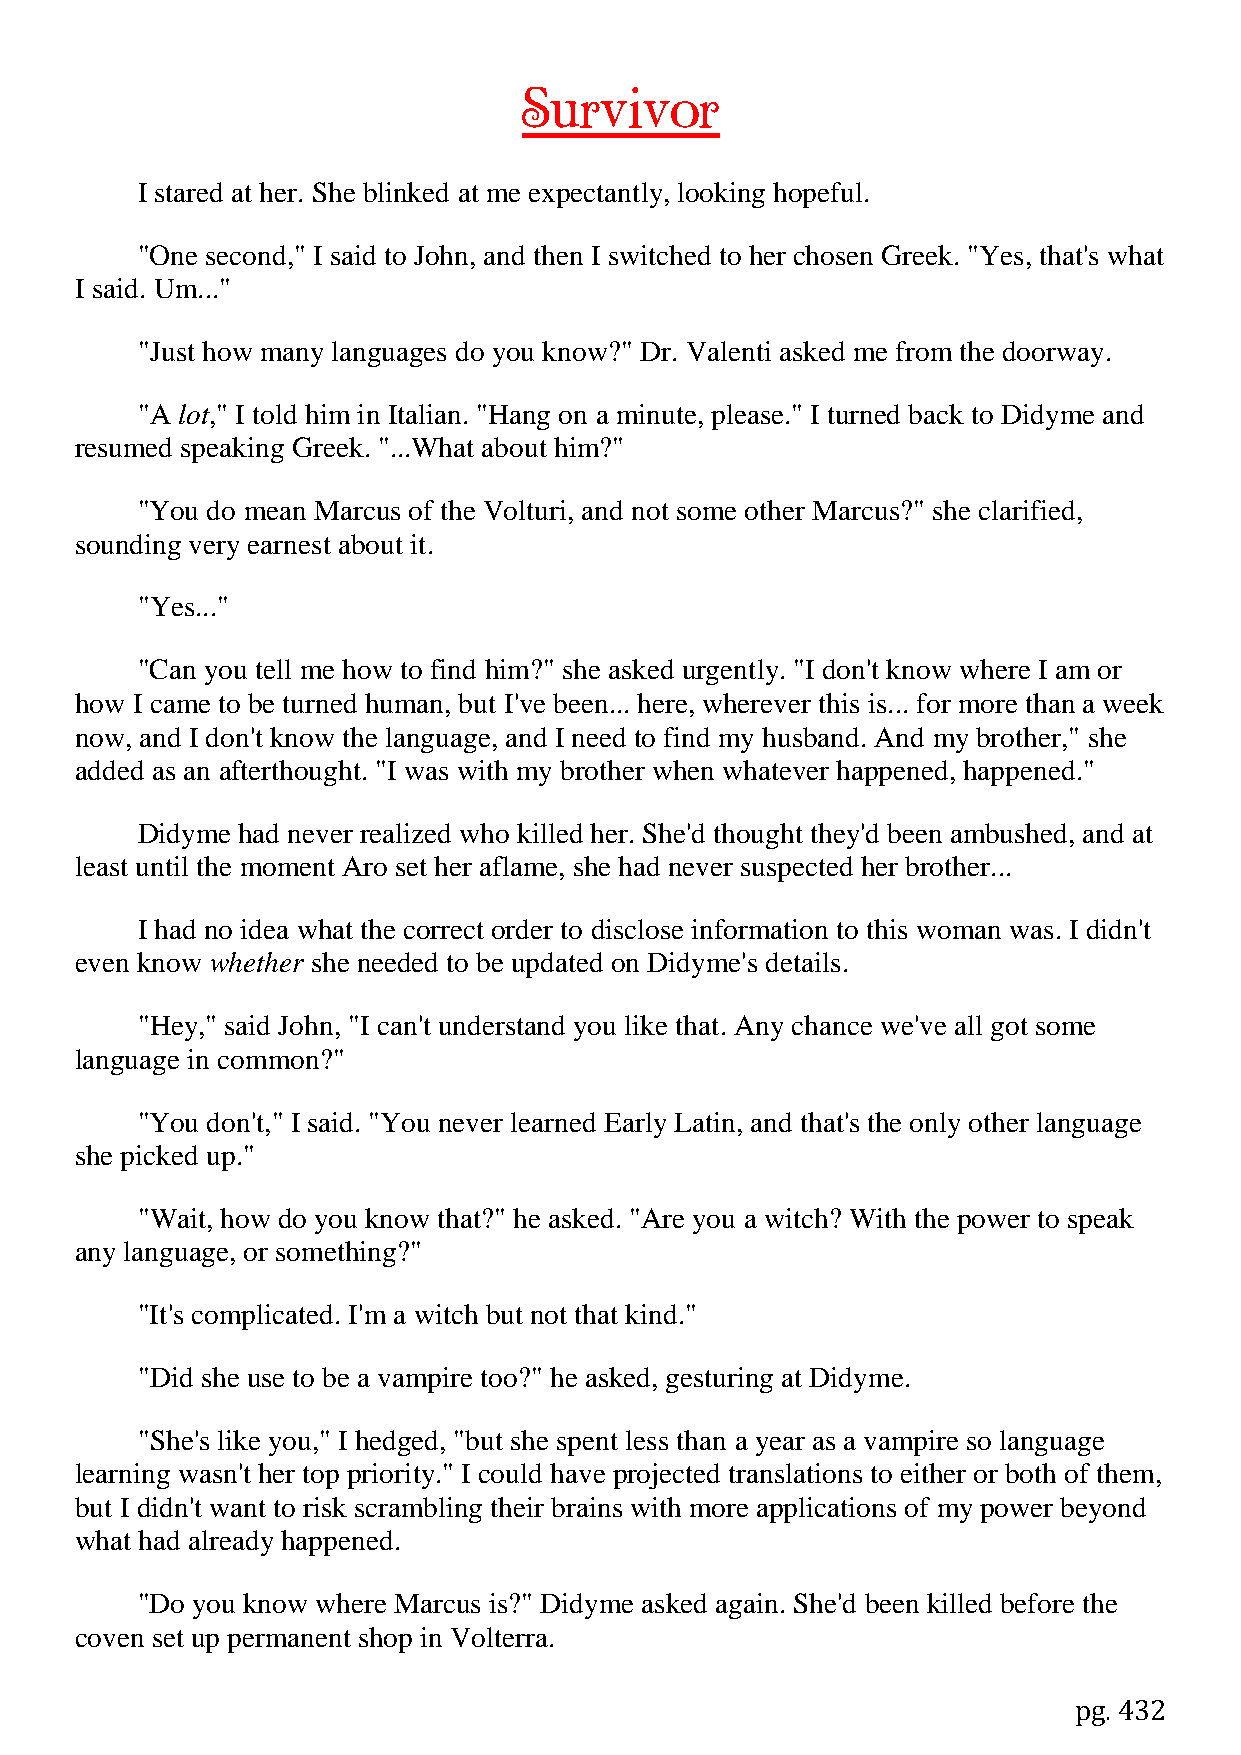
Survivor
 I stared at her. She blinked at me expectantly, looking hopeful.
 "One second," I said to John, and then I switched to her chosen Greek. "Yes, that's what
 I said. Um..."
 "Just how many languages do you know?" Dr. Valenti asked me from the doorway.
 "A lot," I told him in Italian. "Hang on a minute, please." I turned back to Didyme and
 resumed speaking Greek. "...What about him?"
 "You do mean Marcus of the Volturi, and not some other Marcus?" she clarified,
 sounding very earnest about it.
 "Yes..."
 "Can you tell me how to find him?" she asked urgently. "I don't know where I am or
 how I came to be turned human, but I've been... here, wherever this is... for more than a week
 now, and I don't know the language, and I need to find my husband. And my brother," she
 added as an afterthought. "I was with my brother when whatever happened, happened."
 Didyme had never realized who killed her. She'd thought they'd been ambushed, and at
 least until the moment Aro set her aflame, she had never suspected her brother...
 I had no idea what the correct order to disclose information to this woman was. I didn't
 even know whether she needed to be updated on Didyme's details.
 "Hey," said John, "I can't understand you like that. Any chance we've all got some
 language in common?"
 "You don't," I said. "You never learned Early Latin, and that's the only other language
 she picked up."
 "Wait, how do you know that?" he asked. "Are you a witch? With the power to speak
 any language, or something?"
 "It's complicated. I'm a witch but not that kind."
 "Did she use to be a vampire too?" he asked, gesturing at Didyme.
 "She's like you," I hedged, "but she spent less than a year as a vampire so language
 learning wasn't her top priority." I could have projected translations to either or both of them,
 but I didn't want to risk scrambling their brains with more applications of my power beyond
 what had already happened.
 "Do you know where Marcus is?" Didyme asked again. She'd been killed before the
 coven set up permanent shop in Volterra.
 pg. 432